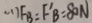
( 1 ) F B = F ^ { \prime } B = 8 0 N